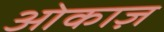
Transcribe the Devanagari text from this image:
ओकाज़